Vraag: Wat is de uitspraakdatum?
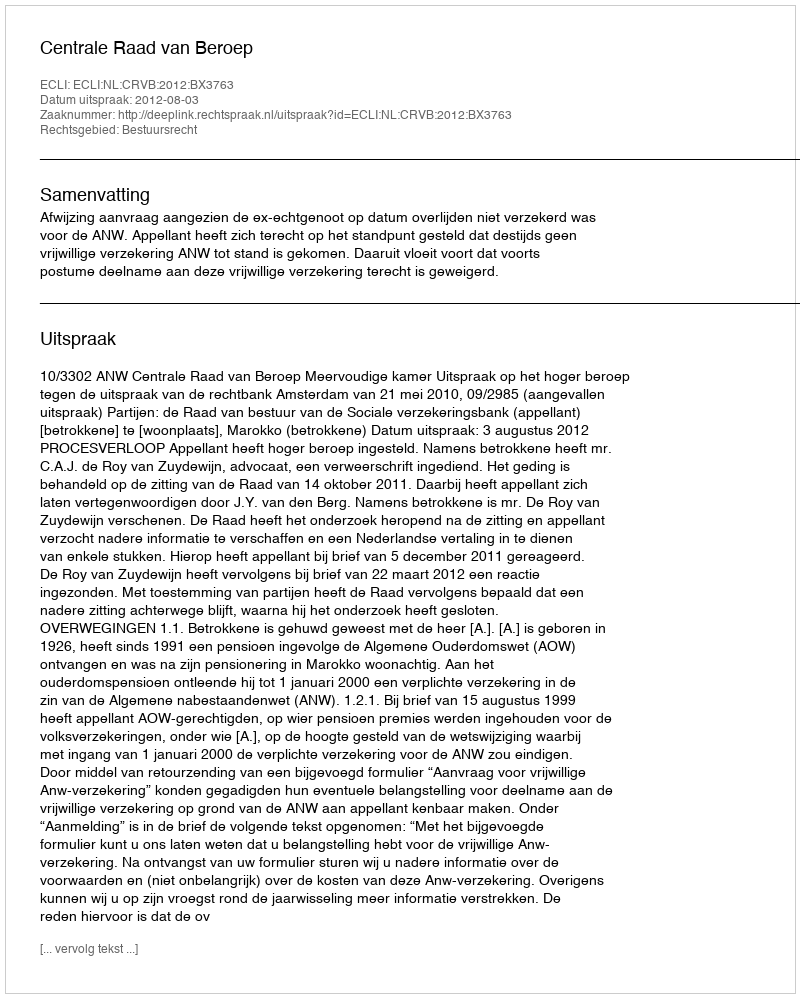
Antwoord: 2012-08-03